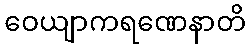
ဝေယျာကရဏေနာတိ